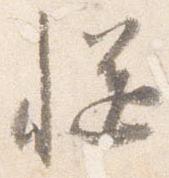
慥